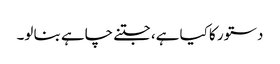
دستور کا کیا ہے، جتنے چاہے بنا لو۔